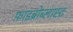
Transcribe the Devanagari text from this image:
फ़ाइब्रोब्लास्ट